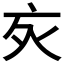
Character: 𬽆